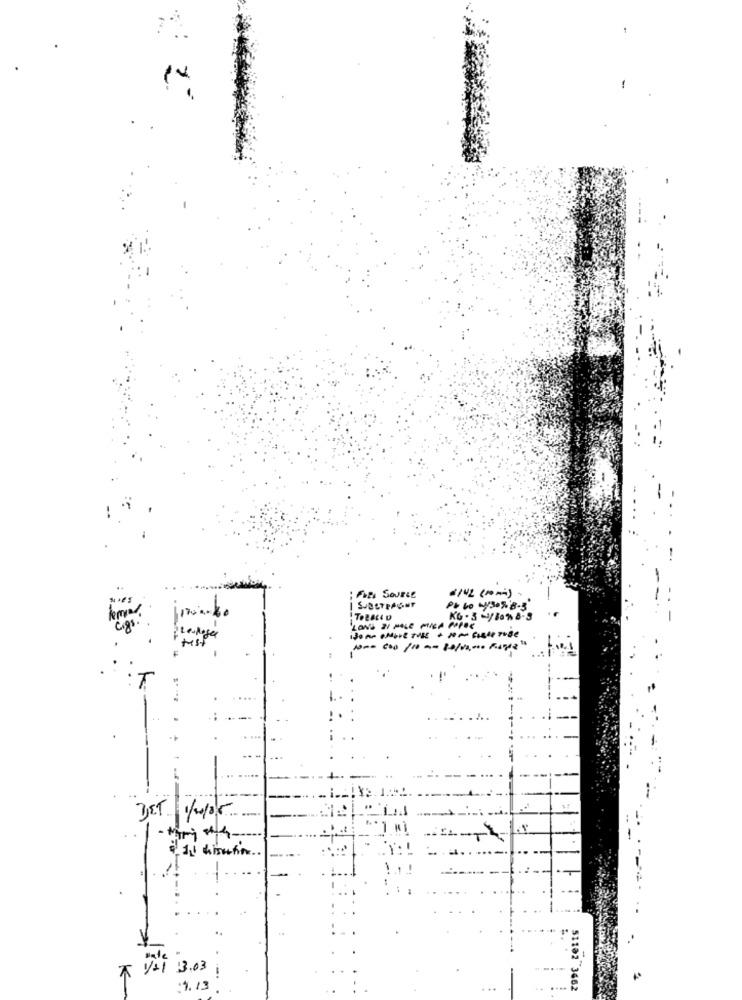
==
; Fars Source
SUBETPAGET
Ph bo Wy3.5- 8-3
KG - 3 /80%8-5
'LONS 2/ PNLE PILA POPEE
İh
3ET 1/4/05
Il hisation.
1+1 13.03
:9.13
...
51102 3662